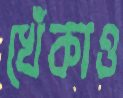
খেঁকাও